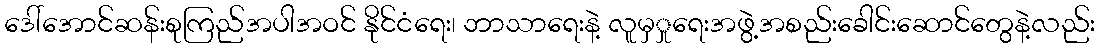
ဒေါ်အောင်ဆန်းစုကြည်အပါအဝင် နိုင်ငံရေး၊ ဘာသာရေးနဲ့ လူမှှုရေးအဖွဲ့အစည်းခေါင်းဆောင်တွေနဲ့လည်း